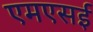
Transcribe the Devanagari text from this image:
एमएसई